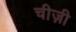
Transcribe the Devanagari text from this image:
चीज़ी